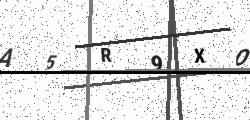
Text: A5R9XO